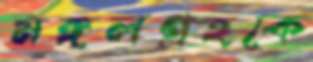
মঙ্গলগ্রহকে